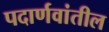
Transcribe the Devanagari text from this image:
पदार्णवांतील